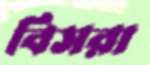
বিসরা